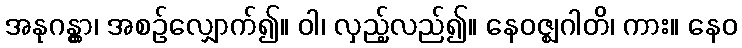
အနုဂန္တွာ၊ အစဉ်လျှောက်၍။ ဝါ၊ လှည့်လည်၍။ နေဝဇ္ဈဂါတိ၊ ကား။ နေဝ